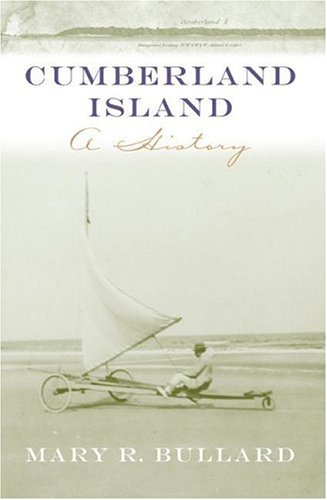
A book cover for Cumberland Island: A History (Wormsloe Foundation Publication); Mary Bullard; History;